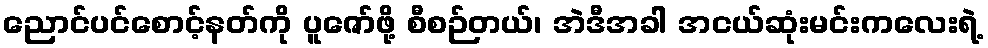
ညောင်ပင်စောင့်နတ်ကို ပူဇော်ဖို့ စီစဉ်တယ်၊ အဲဒီအခါ အငယ်ဆုံးမင်းကလေးရဲ့